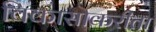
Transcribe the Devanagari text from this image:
विकासाकरीता